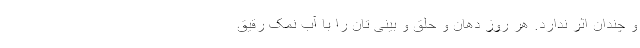
و چندان اثر ندارد. هر روز دهان و حلق و بینی تان را با آب نمک رقیق